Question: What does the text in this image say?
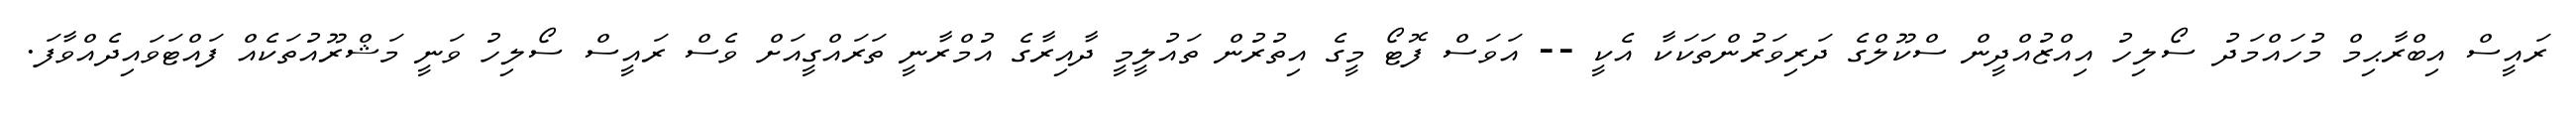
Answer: ރައީސް އިބްރާޙިމް މުހައްމަދު ސޯލިހު އިއްޒުއްދީން ސްކޫލްގެ ދަރިވަރުންތަކަކާ އެކީ -- އަވަސް ފޮޓޯ މީގެ އިތުރުން ތައުލީމީ ދާއިރާގެ އުމްރާނީ ތަރައްގީއަށް ވެސް ރައީސް ސޯލިހު ވަނީ މަޝްރޫއުތަކެއް ފައްޓަވައިދެއްވާފަ.